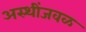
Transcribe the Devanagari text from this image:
अस्थींजवळ